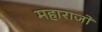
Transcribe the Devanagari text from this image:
महाराजों